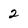
Character: 2